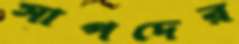
সাপদের